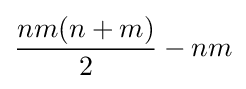
{\frac {nm(n+m)}{2}}-nm